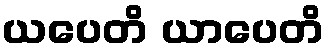
ယပေတိ ယာပေတိ